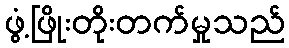
ဖွံ့ဖြိုးတိုးတက်မှုသည်